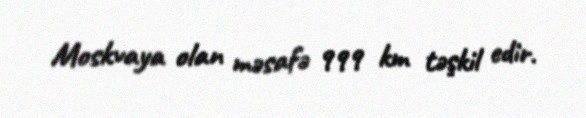
Moskvaya olan məsafə 999 km təşkil edir.